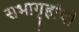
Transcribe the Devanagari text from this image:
सभागृहांची